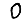
Digit: 0